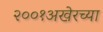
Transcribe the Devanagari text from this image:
२००१अखेरच्या